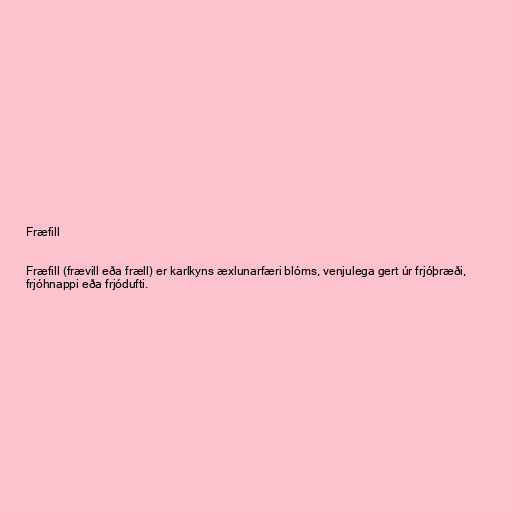
Fræfill

Fræfill (frævill eða fræll) er karlkyns æxlunarfæri blóms, venjulega gert úr frjóþræði,
frjóhnappi eða frjódufti.